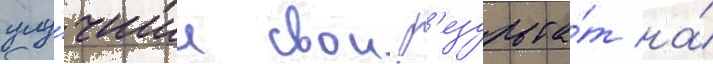
улу́чшил свои р'езульта́т на́